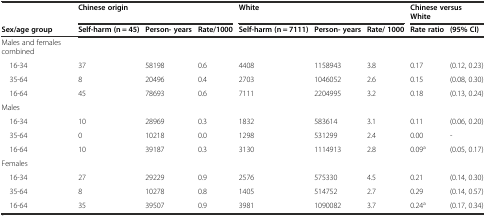
<table><thead><tr><td></td><td colspan="3"><b>Chinese origin</b></td><td colspan="3"><b>White</b></td><td colspan="2"><b>Chinese versus White</b></td></tr><tr><td><b>Sex/age group</b></td><td><b>Self-harm (n = 45)</b></td><td><b>Person- years</b></td><td><b>Rate/1000</b></td><td><b>Self-harm (n = 7111)</b></td><td><b>Person- years</b></td><td><b>Rate/ 1000</b></td><td><b>Rate ratio</b></td><td><b>(95% CI)</b></td></tr></thead><tbody><tr><td>Males and females combined</td><td></td><td></td><td></td><td></td><td></td><td></td><td></td><td></td></tr><tr><td> 16-34</td><td>37</td><td>58198</td><td>0.6</td><td>4408</td><td>1158943</td><td>3.8</td><td>0.17</td><td>(0.12, 0.23)</td></tr><tr><td> 35-64</td><td>8</td><td>20496</td><td>0.4</td><td>2703</td><td>1046052</td><td>2.6</td><td>0.15</td><td>(0.08, 0.30)</td></tr><tr><td> 16-64</td><td>45</td><td>78693</td><td>0.6</td><td>7111</td><td>2204995</td><td>3.2</td><td>0.18</td><td>(0.13, 0.24)</td></tr><tr><td>Males</td><td></td><td></td><td></td><td></td><td></td><td></td><td></td><td></td></tr><tr><td> 16-34</td><td>10</td><td>28969</td><td>0.3</td><td>1832</td><td>583614</td><td>3.1</td><td>0.11</td><td>(0.06, 0.20)</td></tr><tr><td> 35-64</td><td>0</td><td>10218</td><td>0.0</td><td>1298</td><td>531299</td><td>2.4</td><td>0.00</td><td>-</td></tr><tr><td> 16-64</td><td>10</td><td>39187</td><td>0.3</td><td>3130</td><td>1114913</td><td>2.8</td><td>0.09<sup>a</sup></td><td>(0.05, 0.17)</td></tr><tr><td>Females</td><td></td><td></td><td></td><td></td><td></td><td></td><td></td><td></td></tr><tr><td> 16-34</td><td>27</td><td>29229</td><td>0.9</td><td>2576</td><td>575330</td><td>4.5</td><td>0.21</td><td>(0.14, 0.30)</td></tr><tr><td> 35-64</td><td>8</td><td>10278</td><td>0.8</td><td>1405</td><td>514752</td><td>2.7</td><td>0.29</td><td>(0.14, 0.57)</td></tr><tr><td> 16-64</td><td>35</td><td>39507</td><td>0.9</td><td>3981</td><td>1090082</td><td>3.7</td><td>0.24<sup>a</sup></td><td>(0.17, 0.34)</td></tr></tbody></table>